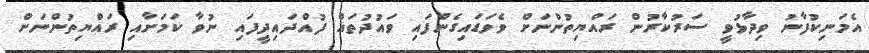
އެމަނިކުފާނު ވިދާޅުވީ ސަރުކާރުން ރައްޔިތުންނަށް ވެވަޑައިގެންފައި ވައުދުތައް ފުއްދައިދީފައި ނުވާ ކަމަށާއި ރައްޔިތުންނަށް